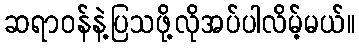
ဆရာဝန်နဲ့ပြသဖို့လိုအပ်ပါလိမ့်မယ်။